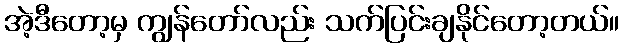
အဲ့ဒီတော့မှ ကျွန်တော်လည်း သက်ပြင်းချနိုင်တော့တယ်။